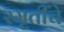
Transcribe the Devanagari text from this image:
स्मृतींचे